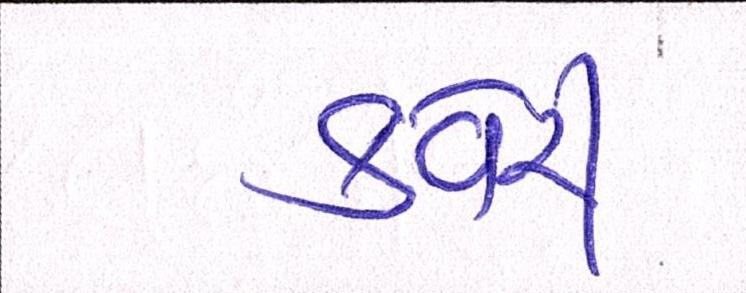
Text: કવેરી